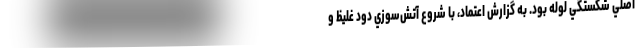
اصلي شكستگي لوله بود. به گزارش اعتماد، با شروع آتش‌سوزي دود غليظ و